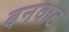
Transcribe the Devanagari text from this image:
बनवाट